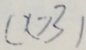
( x > 3 )